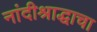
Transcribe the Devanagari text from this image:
नांदीश्राद्धाचा